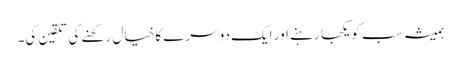
ہمیشہ سب کو یکجا رہنے اور ایک دوسرے کا خیال رکھنے کی تلقین کی۔